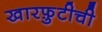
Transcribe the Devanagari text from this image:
खारफ़ुटीची